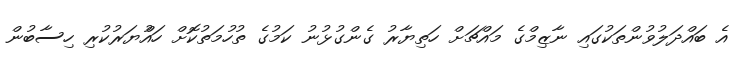
އެ ބައްދަލުވުންތަކުގައި ނާޒިމްގެ މައްޗަށް ހަތިޔާރު ގެންގުޅުނު ކަމުގެ ތުހުމަތުކޮށް ހައްުޔަރުކުރި ހިސާބުން